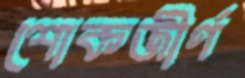
শোকজীর্ণ